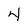
Character: 4